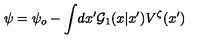
\psi = \psi _ { o } - \int \! d x ^ { \prime } { \cal G } _ { 1 } ( x | x ^ { \prime } ) V ^ { \zeta } ( x ^ { \prime } )